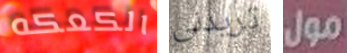
الكعكه تريدنى مول